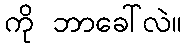
ကို ဘာခေါ်လဲ။